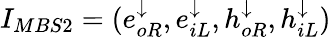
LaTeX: I_{MBS2}=(e_{oR}^{\downarrow},e_{iL}^{\downarrow},h_{oR}^{\downarrow},h_{iL}^{\downarrow})